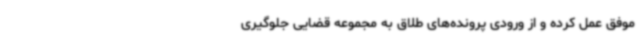
موفق عمل کرده و از ورودی پرونده‌های طلاق به مجموعه‌ قضایی جلوگیری